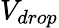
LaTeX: V_{drop}